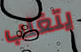
يتغلب